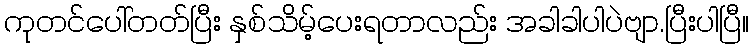
ကုတင်ပေါ်တတ်ပြီး နှစ်သိမ့်ပေးရတာလည်း အခါခါပါပဲဗျာ.ပြီးပါပြီ။